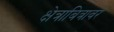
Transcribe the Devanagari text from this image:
क्षेत्राबित्रावर